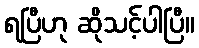
ရပြီဟု ဆိုသင့်ပါပြီ။